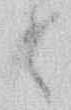
々